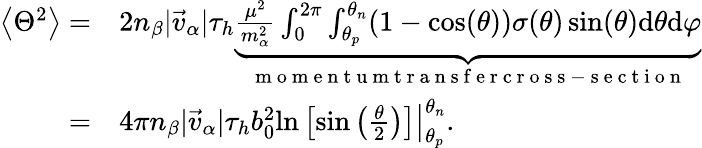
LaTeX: \begin{array}{rl}{\left\langle{{\Theta}^{2}}\right\rangle=}&{{}2n_{\beta}|\vec{v}_{\alpha}|\tau_{h}\underbrace{\frac{\mu^{2}}{m_{\alpha}^{2}}\int_{0}^{2\pi}\int_{\theta_{p}}^{\theta_{n}}(1-\cos(\theta))\sigma(\theta)\sin(\theta)\mathrm{d}\theta\mathrm{d}\varphi}_{\mathrm{~m~o~m~e~n~t~u~m~t~r~a~n~s~f~e~r~c~r~o~s~s~-~s~e~c~t~i~o~n~}}}\\ {=}&{{}4\pi n_{\beta}|\vec{v}_{\alpha}|\tau_{h}b_{0}^{2}\left.\ln\left[\sin\left(\frac{\theta}{2}\right)\right]\right|_{\theta_{p}}^{\theta_{n}}.}\end{array}